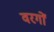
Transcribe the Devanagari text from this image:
वरगों